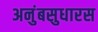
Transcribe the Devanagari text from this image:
अनुंबसुधारस